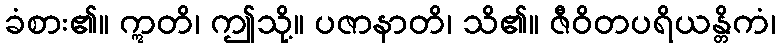
ခံစား၏။ ဣတိ၊ ဤသို့။ ပဇာနာတိ၊ သိ၏။ ဇီဝိတပရိယန္တိကံ၊